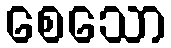
စေသော